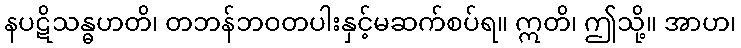
နပဋိသန္ဓဟတိ၊ တဘန်ဘဝတပါးနှင့်မဆက်စပ်ရ။ ဣတိ၊ ဤသို့။ အာဟ၊